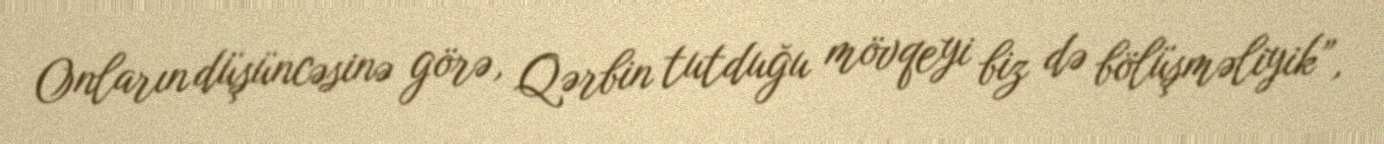
Onların düşüncəsinə görə, Qərbin tutduğu mövqeyi biz də bölüşməliyik”,